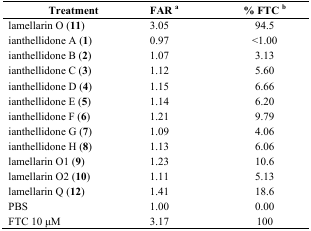
| Treatment | FAR a | % FTC b |
 | --- | --- | --- |
 | lamellarin O (11) | 3.05 | 94.5 |
 | ianthellidone A (1) | 0.97 | <1.00 |
 | ianthellidone B (2) | 1.07 | 3.13 |
 | ianthellidone C (3) | 1.12 | 5.60 |
 | ianthellidone D (4) | 1.15 | 6.66 |
 | ianthellidone E (5) | 1.14 | 6.20 |
 | ianthellidone F (6) | 1.21 | 9.79 |
 | ianthellidone G (7) | 1.09 | 4.06 |
 | ianthellidone H (8) | 1.13 | 6.06 |
 | lamellarin O1 (9) | 1.23 | 10.6 |
 | lamellarin O2 (10) | 1.11 | 5.13 |
 | lamellarin Q (12) | 1.41 | 18.6 |
 | PBS | 1.00 | 0.00 |
 | FTC 10 μM | 3.17 | 100 |